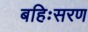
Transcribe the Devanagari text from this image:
बहिःसरण